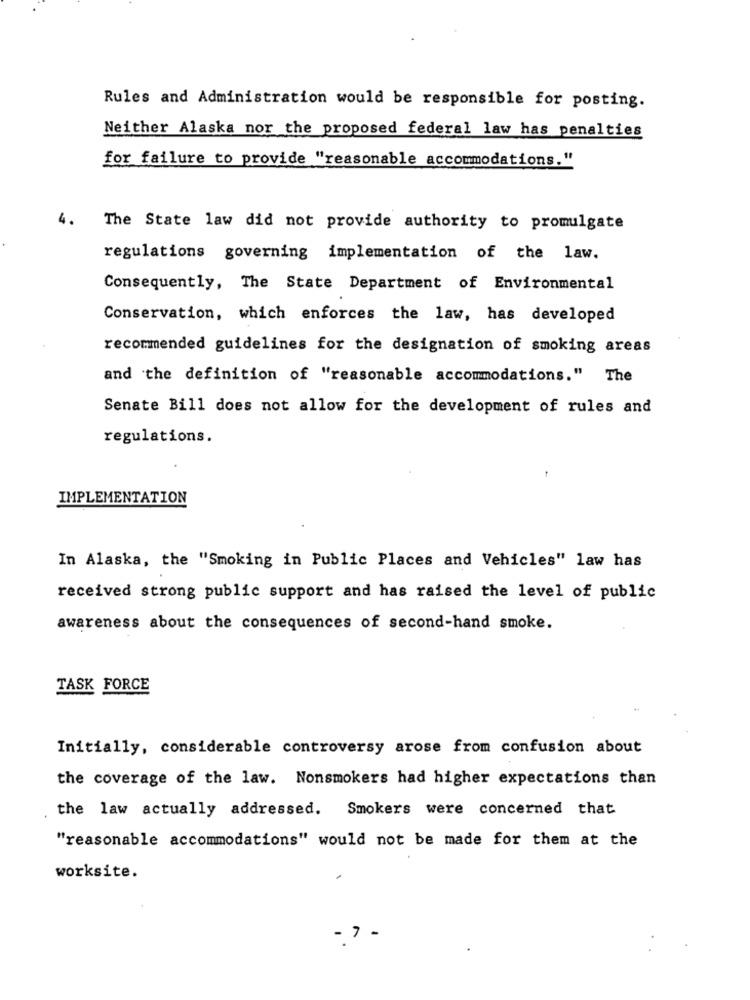
Rules and Administration would be responsible for posting.
Neither Alaska nor the proposed federal law has penalties
for failure to provide "reasonable accommodations."
4.
The State law did not provide authority to promulgate
regulations governing implementation of the law.
Consequently, The State Department of Environmental
Conservation, which enforces the law, has developed
recommended guidelines for the designation of smoking areas
and the definition of "reasonable accommodations." The
Senate Bill does not allow for the development of rules and
regulations.
IMPLEMENTATION
In Alaska, the "Smoking in Public Places and Vehicles" law has
received strong public support and has raised the level of public
awareness about the consequences of second-hand smoke.
TASK FORCE
Initially, considerable controversy arose from confusion about
the coverage of the law. Nonsmokers had higher expectations than
the law actually addressed. Smokers were concerned that
"reasonable accommodations" would not be made for them at the
worksite.
- 7 -